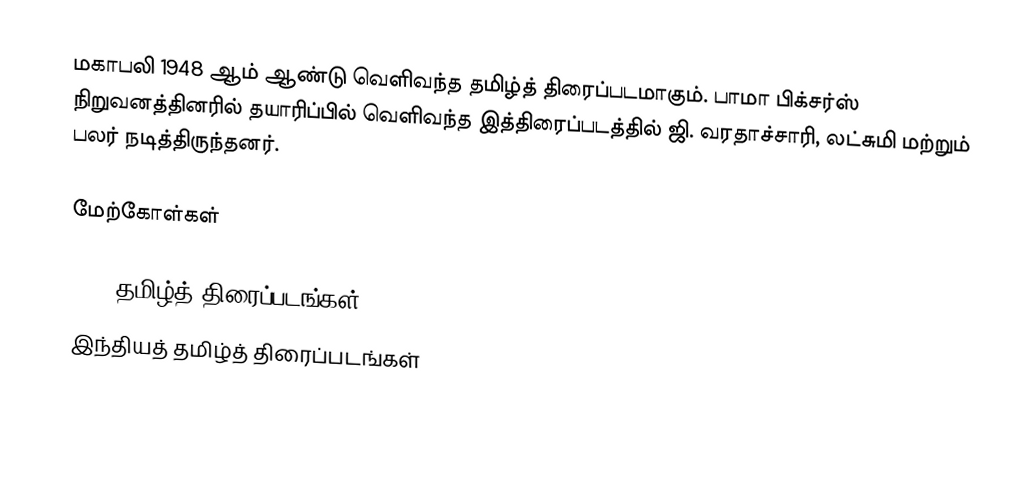
மகாபலி 1948 ஆம் ஆண்டு வெளிவந்த தமிழ்த் திரைப்படமாகும். பாமா பிக்சர்ஸ் நிறுவனத்தினரில் தயாரிப்பில் வெளிவந்த இத்திரைப்படத்தில் ஜி. வரதாச்சாரி, லட்சுமி மற்றும் பலர் நடித்திருந்தனர்.

மேற்கோள்கள்

1948 தமிழ்த் திரைப்படங்கள்
இந்தியத் தமிழ்த் திரைப்படங்கள்